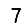
Digit: 7